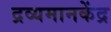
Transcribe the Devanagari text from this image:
द्रव्यमानकेंद्र